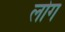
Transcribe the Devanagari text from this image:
लाेेग